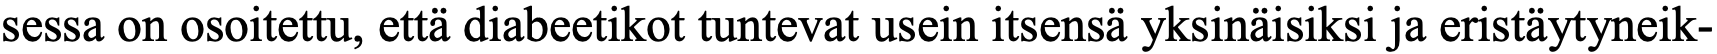
sessa on osoitettu, että diabeetikot tuntevat usein itsensä yksinäisiksi ja eristäytyneik-